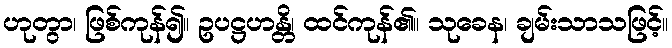
ဟုတွာ၊ ဖြစ်ကုန်၍။ ဥပဋ္ဌဟန္တိ၊ ထင်ကုန်၏။ သုခေန၊ ချမ်းသာသဖြင့်။